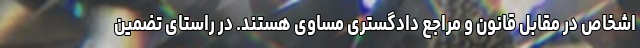
اشخاص در مقابل قانون و مراجع دادگستری مساوی هستند. در راستای تضمین